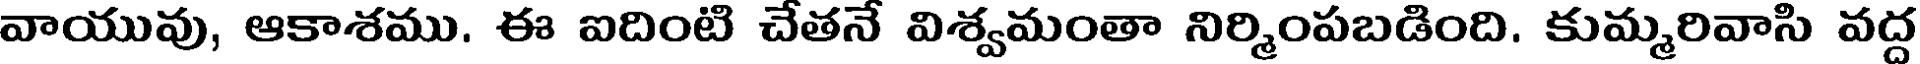
వాయువు, ఆకాశము. ఈ ఐదింటి చేతనే విశ్వమంతా నిర్మింపబడింది. కుమ్మరివాసి వద్ద